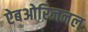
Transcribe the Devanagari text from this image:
ऐबओरिजनल